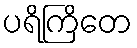
ပရိကြိတေ